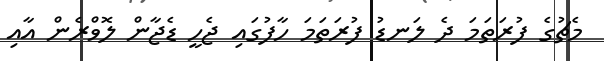
މެޗުގެ ފުރަތަމަ ދެ ލަނޑު ފުރަތަމަ ހާފުގައި ޖެހީ ޑެޖާން ލޮވްރެން އާއި